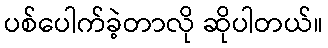
ပစ်ပေါက်ခဲ့တာလို ဆိုပါတယ်။